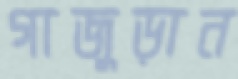
গাজুড়ান